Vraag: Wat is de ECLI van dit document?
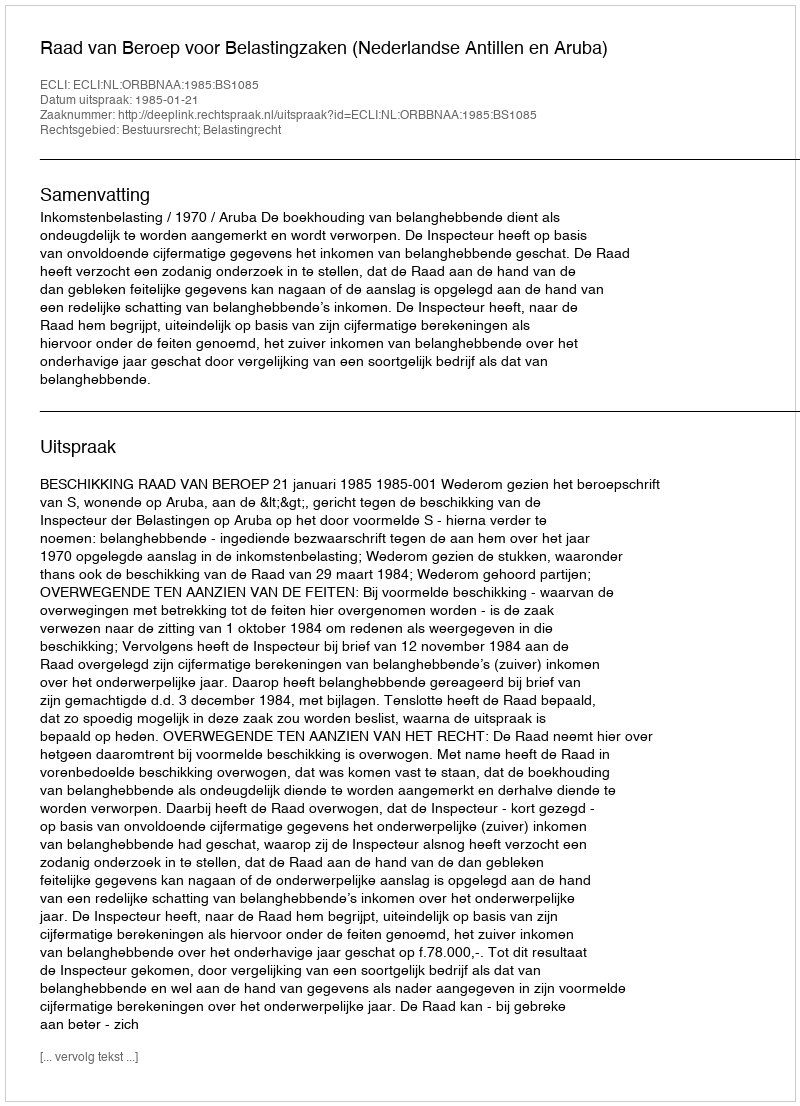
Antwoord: ECLI:NL:ORBBNAA:1985:BS1085